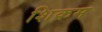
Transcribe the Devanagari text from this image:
शिकम